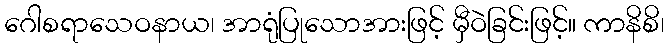
ဂေါစရာသေဝနာယ၊ အာရုံပြုသောအားဖြင့် မှီဝဲခြင်းဖြင့်။ ကာနိစိ၊